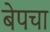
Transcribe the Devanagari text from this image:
बेपचा